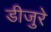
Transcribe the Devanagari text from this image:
डीजुरे